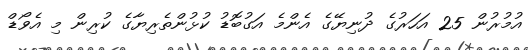
އުމުރުން 25 އަހަރުގެ ދުނިޔޭގެ އެންމެ އަގުބޮޑު ކުޅުންތެރިޔާގެ ކުރިން މި އެވޯޑް